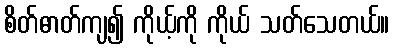
စိတ်ဓာတ်ကျ၍ ကိုယ့်ကို ကိုယ် သတ်သေတယ်။